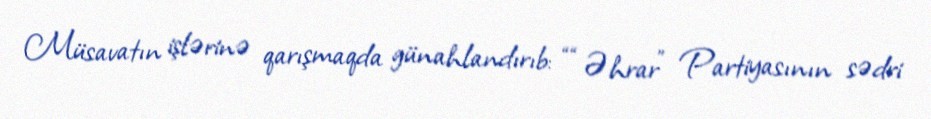
Müsavatın işlərinə qarışmaqda günahlandırıb: ““Əhrar” Partiyasının sədri